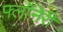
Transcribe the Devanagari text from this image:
फ्लॉनेरी